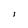
Character: i